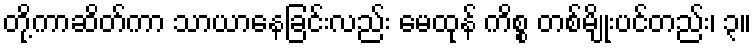
တို့ကာဆိတ်ကာ သာယာနေခြင်းလည်း မေထုန် ကိစ္စ တစ်မျိုးပင်တည်း၊ ၃။